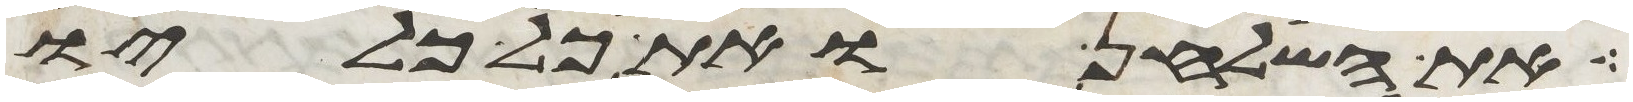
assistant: את השלחן ואת כל כליו